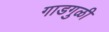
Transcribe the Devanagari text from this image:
गाडगुळी